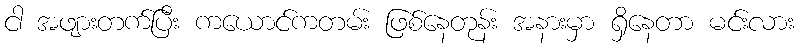
ငါ အဖျားတက်ပြီး ကယောင်ကတမ်း ဖြစ်နေတုန်း အနားမှာ ရှိနေတာ မင်းလား